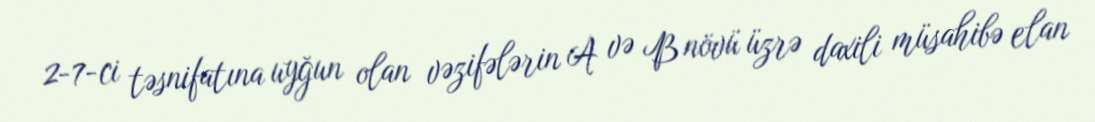
2-7-ci təsnifatına uyğun olan vəzifələrin A və B növü üzrə daxili müsahibə elan